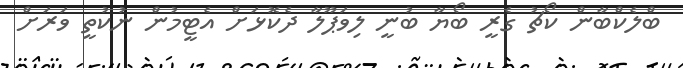
ބްލެކްބާން ކޯޗު ގެރީ ބޯޔާ ބުނީ ލިވަޕޫލާ ދެކޮޅަށް އެޓީމުން ނުކުތީ ވަރަށް